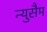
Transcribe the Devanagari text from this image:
न्युसैम